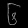
Digit: ၆